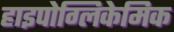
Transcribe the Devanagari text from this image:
हाइपोग्लिकेमिक